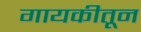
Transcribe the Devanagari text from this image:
गायकीतून